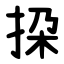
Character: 挅